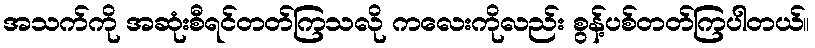
အသက်ကို အဆုံးစီရင်တတ်ကြသလို ကလေးကိုလည်း စွန့်ပစ်တတ်ကြပါတယ်။